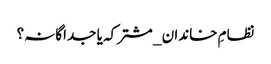
نظامِ خاندان _ مشترکہ یا جداگانہ؟